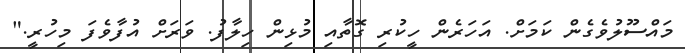
މައްސޫލުވެގެން ކަމަށް. އަހަރެން ހީކުރި ގޮތާއި މުޅިން ހިލާފު. ވަރަށް އުފާވެފަ މިހުރީ."